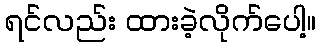
ရင်လည်း ထားခဲ့လိုက်ပေါ့။